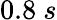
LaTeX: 0.8~s